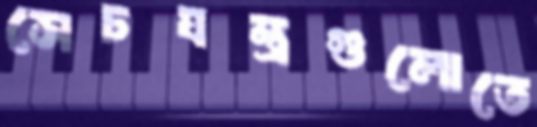
সেচযন্ত্রগুলোতে